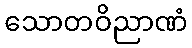
သောတဝိညာဏံ